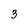
Character: 3